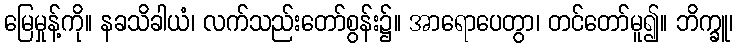
မြေမှုန့်ကို။ နခသိခါယံ၊ လက်သည်းတော်စွန်း၌။ အာရောပေတွာ၊ တင်တော်မူ၍။ ဘိက္ခူ၊